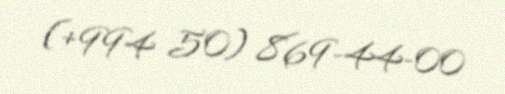
(+994 50) 869-44-00